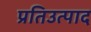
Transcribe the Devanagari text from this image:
प्रतिउत्पाद